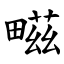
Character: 㽧